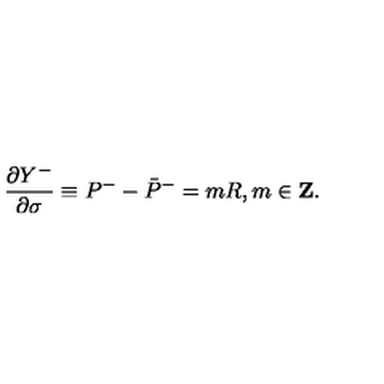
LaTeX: \frac { \partial Y ^ { - } } { \partial \sigma } \equiv P ^ { - } - \bar { P } ^ { - } = m R , m \in { \bf Z } .